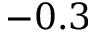
- 0 . 3